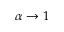
\alpha \rightarrow 1